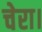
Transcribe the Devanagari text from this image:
चेरा।